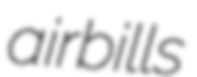
airbills